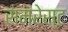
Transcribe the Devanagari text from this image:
समरेस्ट